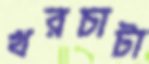
খরচাটা